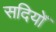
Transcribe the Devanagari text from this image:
सदियोँ